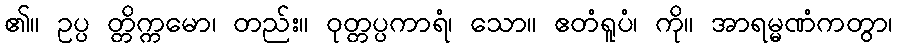
၏။ ဥပ္ပ တ္တိက္ကမော၊ တည်း။ ဝုတ္တပ္ပကာရံ၊ သော။ ဧတံရူပံ၊ ကို။ အာရမ္မဏံကတွာ၊